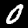
Digit: 0